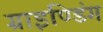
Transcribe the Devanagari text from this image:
ग्राइण्डिंग